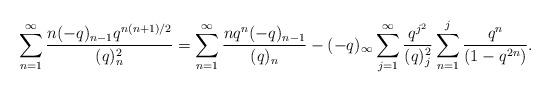
LaTeX: \begin{align*}\sum_{n=1}^{\infty}\frac{n(-q)_{n-1}q^{n(n+1)/2}}{(q)_n^{2}}=\sum_{n=1}^{\infty}\frac{nq^n(-q)_{n-1}}{(q)_n}-(-q)_{\infty}\sum_{j=1}^{\infty}\frac{q^{j^2}}{(q)_{j}^{2}}\sum_{n=1}^{j}\frac{q^n}{(1-q^{2n})}.\end{align*}